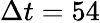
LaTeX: \Delta t=54